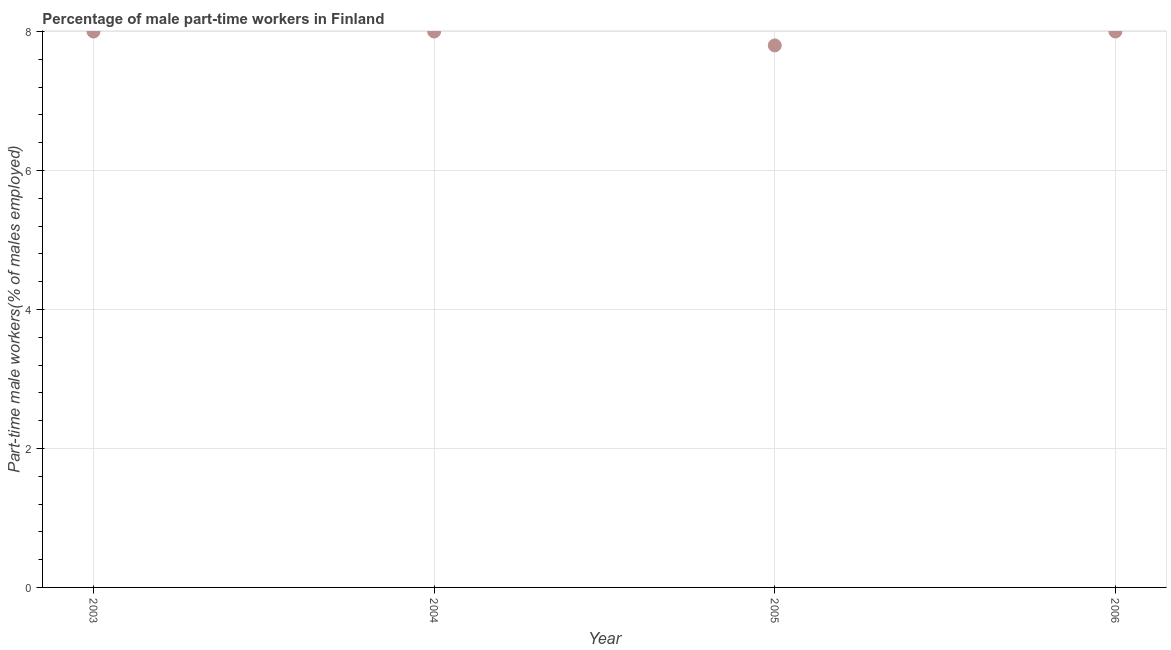
| Year | Part time employment |
 | --- | --- |
 | 2003 | 8 |
 | 2004 | 8 |
 | 2005 | 7.8 |
 | 2006 | 8 |